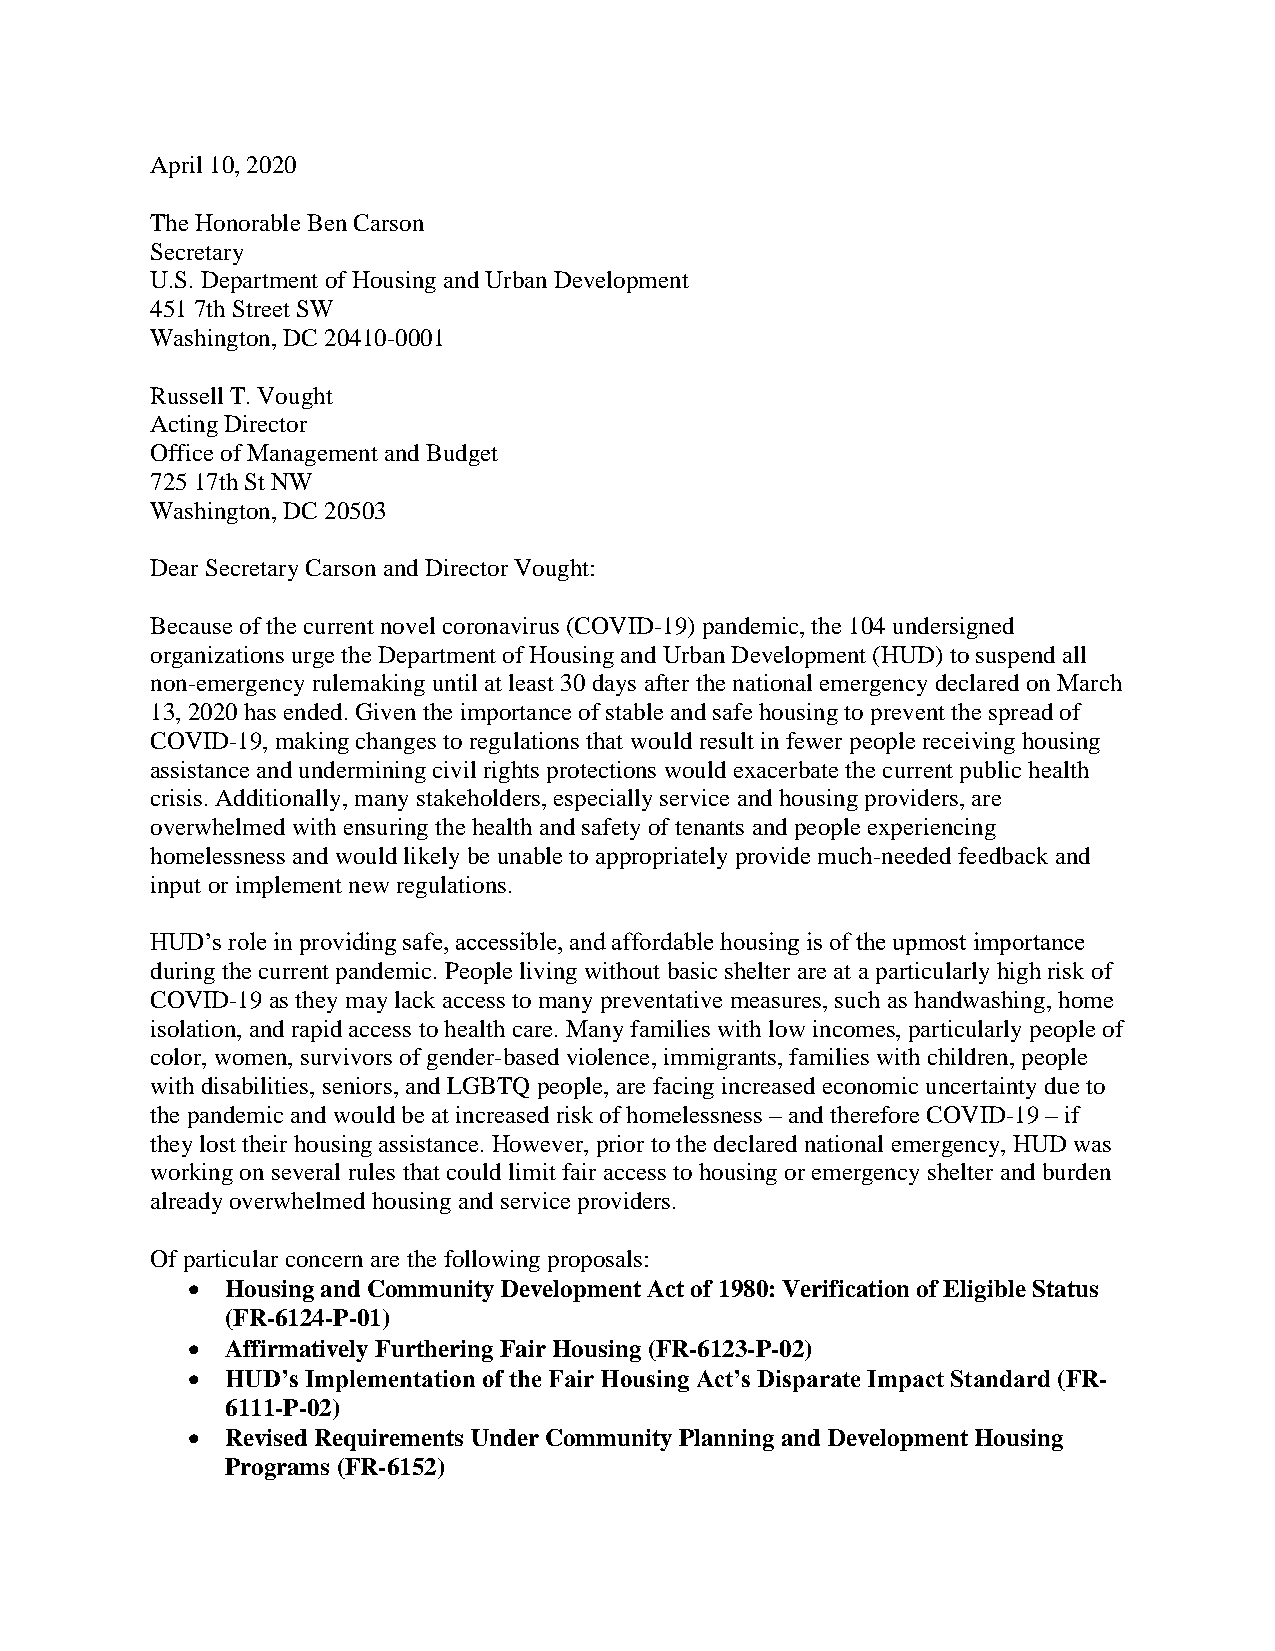
April 10, 2020
 The Honorable Ben Carson
 Secretary
 U.S. Department of Housing and Urban Development
 451 7th Street SW
 Washington, DC 20410-0001
 Russell T. Vought
 Acting Director
 Office of Management and Budget
 725 17th St NW
 Washington, DC 20503
 Dear Secretary Carson and Director Vought:
 Because of the current novel coronavirus (COVID-19) pandemic, the 104 undersigned
 organizations urge the Department of Housing and Urban Development (HUD) to suspend all
 non-emergency rulemaking until at least 30 days after the national emergency declared on March
 13, 2020 has ended. Given the importance of stable and safe housing to prevent the spread of
 COVID-19, making changes to regulations that would result in fewer people receiving housing
 assistance and undermining civil rights protections would exacerbate the current public health
 crisis. Additionally, many stakeholders, especially service and housing providers, are
 overwhelmed with ensuring the health and safety of tenants and people experiencing
 homelessness and would likely be unable to appropriately provide much-needed feedback and
 input or implement new regulations.
 HUD’s role in providing safe, accessible, and affordable housing is of the upmost importance
 during the current pandemic. People living without basic shelter are at a particularly high risk of
 COVID-19 as they may lack access to many preventative measures, such as handwashing, home
 isolation, and rapid access to health care. Many families with low incomes, particularly people of
 color, women, survivors of gender-based violence, immigrants, families with children, people
 with disabilities, seniors, and LGBTQ people, are facing increased economic uncertainty due to
 the pandemic and would be at increased risk of homelessness – and therefore COVID-19 – if
 they lost their housing assistance. However, prior to the declared national emergency, HUD was
 working on several rules that could limit fair access to housing or emergency shelter and burden
 already overwhelmed housing and service providers.
 Of particular concern are the following proposals:
 •  Housing and Community Development Act of 1980: Verification of Eligible Status
 (FR-6124-P-01)
 •  Affirmatively Furthering Fair Housing (FR-6123-P-02)
 •  HUD’s Implementation of the Fair Housing Act’s Disparate Impact Standard (FR-
 6111-P-02)
 •  Revised Requirements Under Community Planning and Development Housing
 Programs (FR-6152)